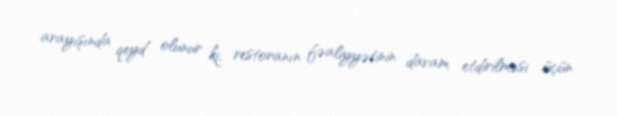
arayışında qeyd olunur ki, restoranın fəaliyyətinin davam etdirilməsi üçün